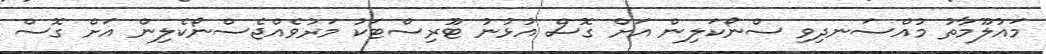
މައުލޫމާތު މުއްސަނދިވި ސްނޯކަލިން އަށް ގޮސް އުޅުނު ޓޫރިސްޓަކު މަރުވެއްޖެސްނޯކެލިން އަށް ގޮސް